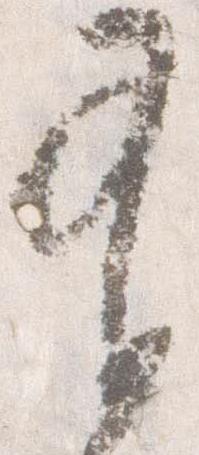
有